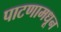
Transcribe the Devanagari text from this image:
पाटणामधून